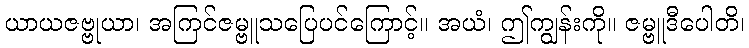
ယာယဇဗ္ဗုယာ၊ အကြင်ဇမ္ဗူသပြေပင်ကြောင့်။ အယံ၊ ဤကျွန်းကို။ ဇမ္ဗူဒီပေါတိ၊